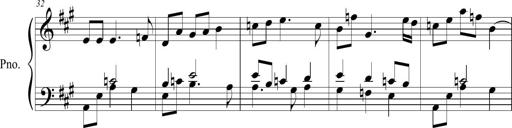
Title: Tinkling Tinsley
Composer: Michel Rondeau
Key: A major